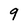
Character: 9